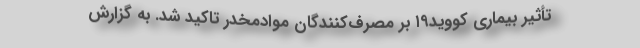
تأثیر بیماری کووید۱۹ بر مصرف‌کنندگان موادمخدر تاکید شد. به گزارش